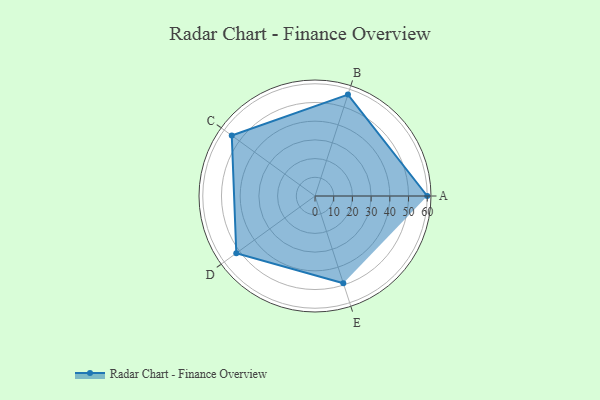
{"axis": {"x": "Skill", "y": "Score"}, "legend": ["Profile"], "data": [{"x": "A", "y": 60.0, "type": "Profile"}, {"x": "B", "y": 57.0, "type": "Profile"}, {"x": "C", "y": 55.0, "type": "Profile"}, {"x": "D", "y": 52.0, "type": "Profile"}, {"x": "E", "y": 49.0, "type": "Profile"}]}